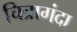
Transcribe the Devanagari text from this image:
चित्रागंदा